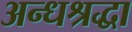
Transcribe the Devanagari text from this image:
अन्धश्रद्धा